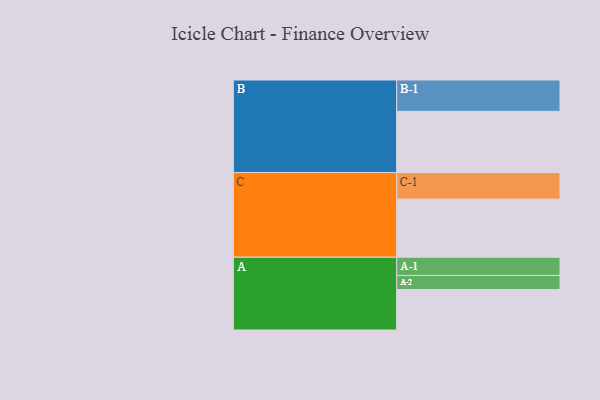
{"axis": {"x": "Segment", "y": "Value"}, "legend": ["", "A", "B", "C"], "data": [{"x": "A", "y": 318, "type": ""}, {"x": "B", "y": 480, "type": ""}, {"x": "C", "y": 456, "type": ""}, {"x": "A-1", "y": 143, "type": "A"}, {"x": "A-2", "y": 110, "type": "A"}, {"x": "B-1", "y": 246, "type": "B"}, {"x": "C-1", "y": 209, "type": "C"}]}